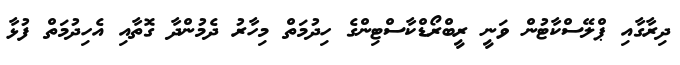
ދިރާގާއި ޕްލޭސްކާޓުން ވަނީ ރީބްރޯޑްކާސްޓިންގެ ހިދުމަތް މިހާރު ދެމުންދާ ގޮތާއި އެހިދުމަތް ފުޅާ